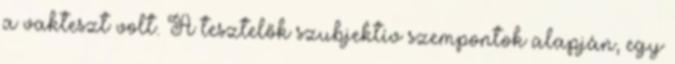
a vakteszt volt. A tesztelők szubjektív szempontok alapján, egy